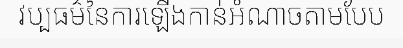
វប្បធម៌នៃការឡើងកាន់អំណាចតាមបែប